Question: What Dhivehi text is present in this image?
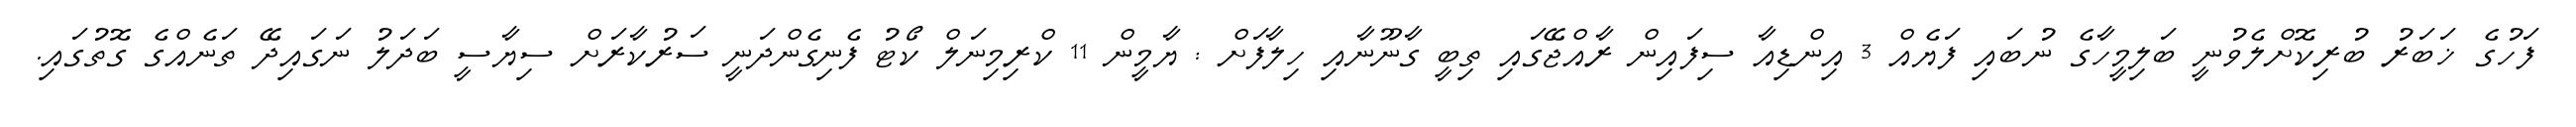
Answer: ފަހުގެ ޚަބަރު ބުރިކޮށްލެވުނީ ބަލިމީހާގެ ނުބައި ފަޔެއް 3 އިންޑިއާ ސިފައިން ރާއްޖޭގައި ތިބީ ގާނޫނާއި ހިލާފަށް : ޔާމީން 11 ކްރިމިނަލް ކޯޓު ފެނިގެންދަނީ ސަރުކާރަށް ސިޔާސީ ބަދަލު ނަގައިދޭ ތަނެއްގެ ގޮތުގައި.